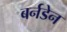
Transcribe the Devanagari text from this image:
बर्नडेन